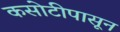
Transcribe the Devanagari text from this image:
कसोटीपासून